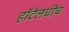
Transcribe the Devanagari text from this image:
हॉटेलचीच